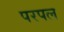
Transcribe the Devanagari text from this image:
परपल